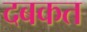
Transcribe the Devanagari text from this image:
दबकत